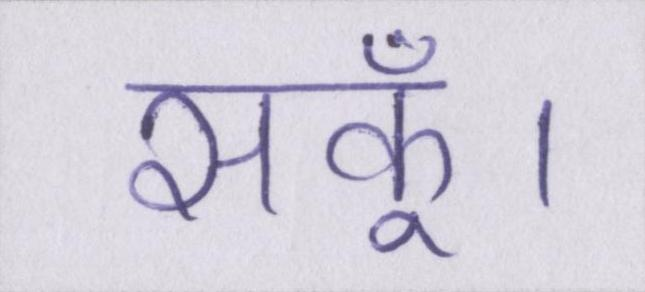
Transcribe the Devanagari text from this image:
सकूँ।